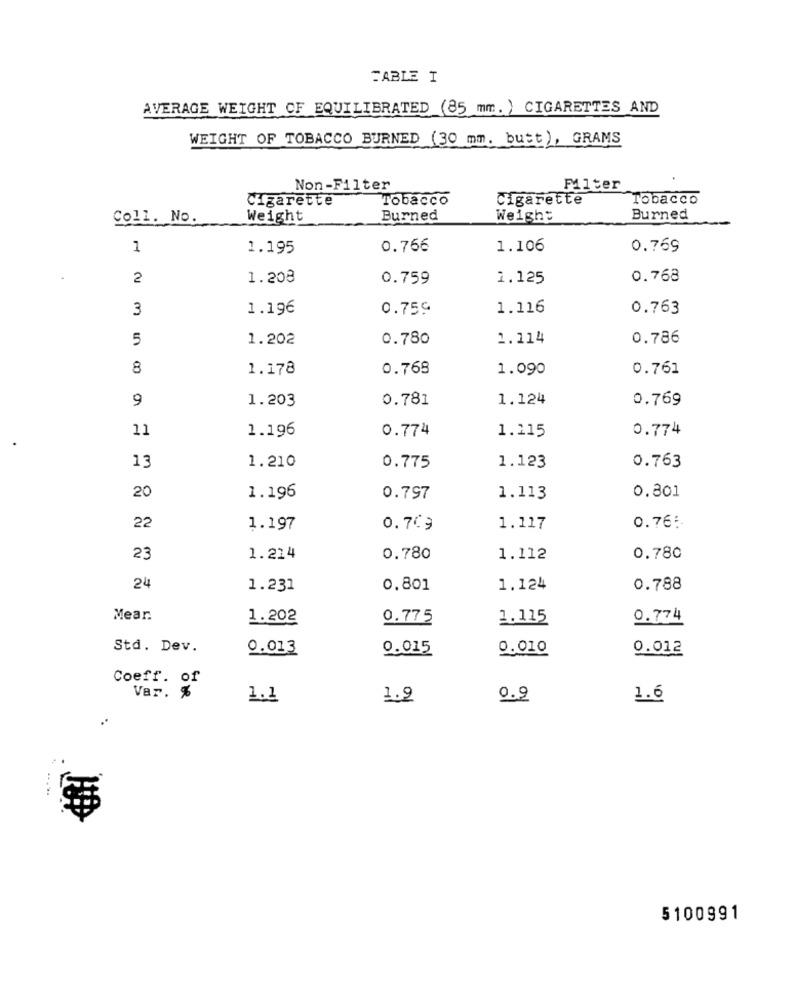
TABLE I
AVERAGE WEIGHT OF EQUILIBRATED (85 mm. ) CIGARETTES AND
WEIGHT OF TOBACCO BURNED (30 mm. butt), GRAMS
Non-Filter
Filter
Cigarette
Tobacco
Cigarette
Tobacco
Coll. No.
Weight
Burned
Weight
Burned
1
1.195
0.766
1.106
0.769
2
1.208
0.759
1.125
0.768
3
1.196
0.759
1.116
0.763
5
1.202
0.780
1.114
0.786
8
1.178
0.768
1.090
0.761
9
1.203
0.781
1.124
0.769
11
1.196
0.774
0.774
1.115
13
1.210
0.775
1.123
0.763
0.801
20
1.196
0.797
1.113
22
1.197
0.709
1.117
0.76 :-
23
1.224
0.780
1.112
0.780
24
1.231
0.801
1,124
0.788
Mear.
1.202
0.775
1.115
0.774
Std. Dev.
0.013
0.015
0.010
0.012
Coeff. of
Var. %
1.1
1.9
0.9
1.6
5100991